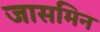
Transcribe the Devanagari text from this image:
जासमिन